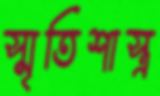
স্মৃতিশাস্ত্র